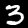
Digit: 3